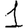
Digit: 1